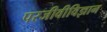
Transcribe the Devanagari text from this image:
परजीवीविज्ञान